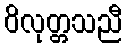
ဝိလုတ္တသညီ